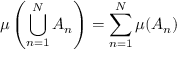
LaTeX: \mu \left( \bigcup _ { n = 1 } ^ { N } A _ { n } \right) = \sum _ { n = 1 } ^ { N } \mu ( A _ { n } )